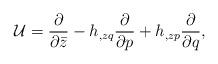
LaTeX: \begin{align*}{\cal U} = {\partial \over \partial \bar z} - h_{,zq}{\partial \over \partial p} + h_{,zp}{\partial \over \partial q},\end{align*}